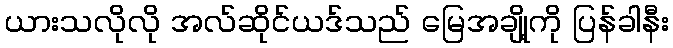
ယားသလိုလို အလ်ဆိုင်ယဒ်သည် မြေအချို့ကို ပြန်ခါနီး